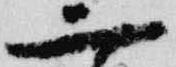
二